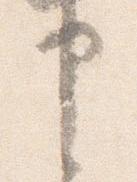
申